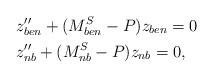
\begin{align*} \begin{aligned} & z''_{ben} +(M^S_{ben}-P) z_{ben}=0 \\ & z''_{nb} + (M^S_{nb}-P) z_{nb}=0,\end{aligned}\end{align*}